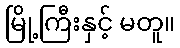
မြို့ကြီးနှင့် မတူ။